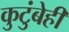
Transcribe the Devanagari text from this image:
कुटुंबेही